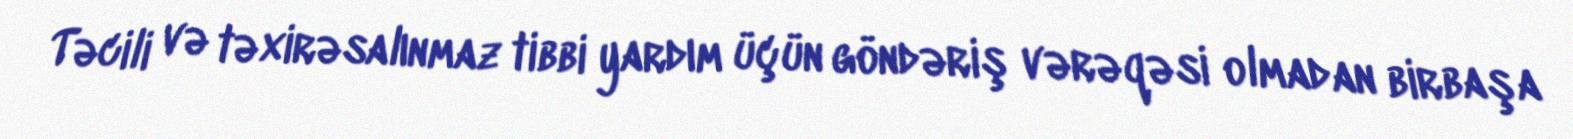
Təcili və təxirəsalınmaz tibbi yardım üçün göndəriş vərəqəsi olmadan birbaşa